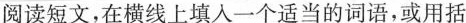
阅读短文,在横线上填入一个适当的词语,或用括